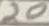
Text: 20